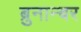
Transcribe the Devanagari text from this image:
ब्रुनान्बर